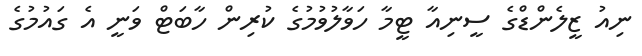
ނިއު ޒީލެންޑްގެ ސީނިއާ ޓީމާ ހަވާލުވުމުގެ ކުރިން ހާބަޓް ވަނީ އެ ގައުމުގެ